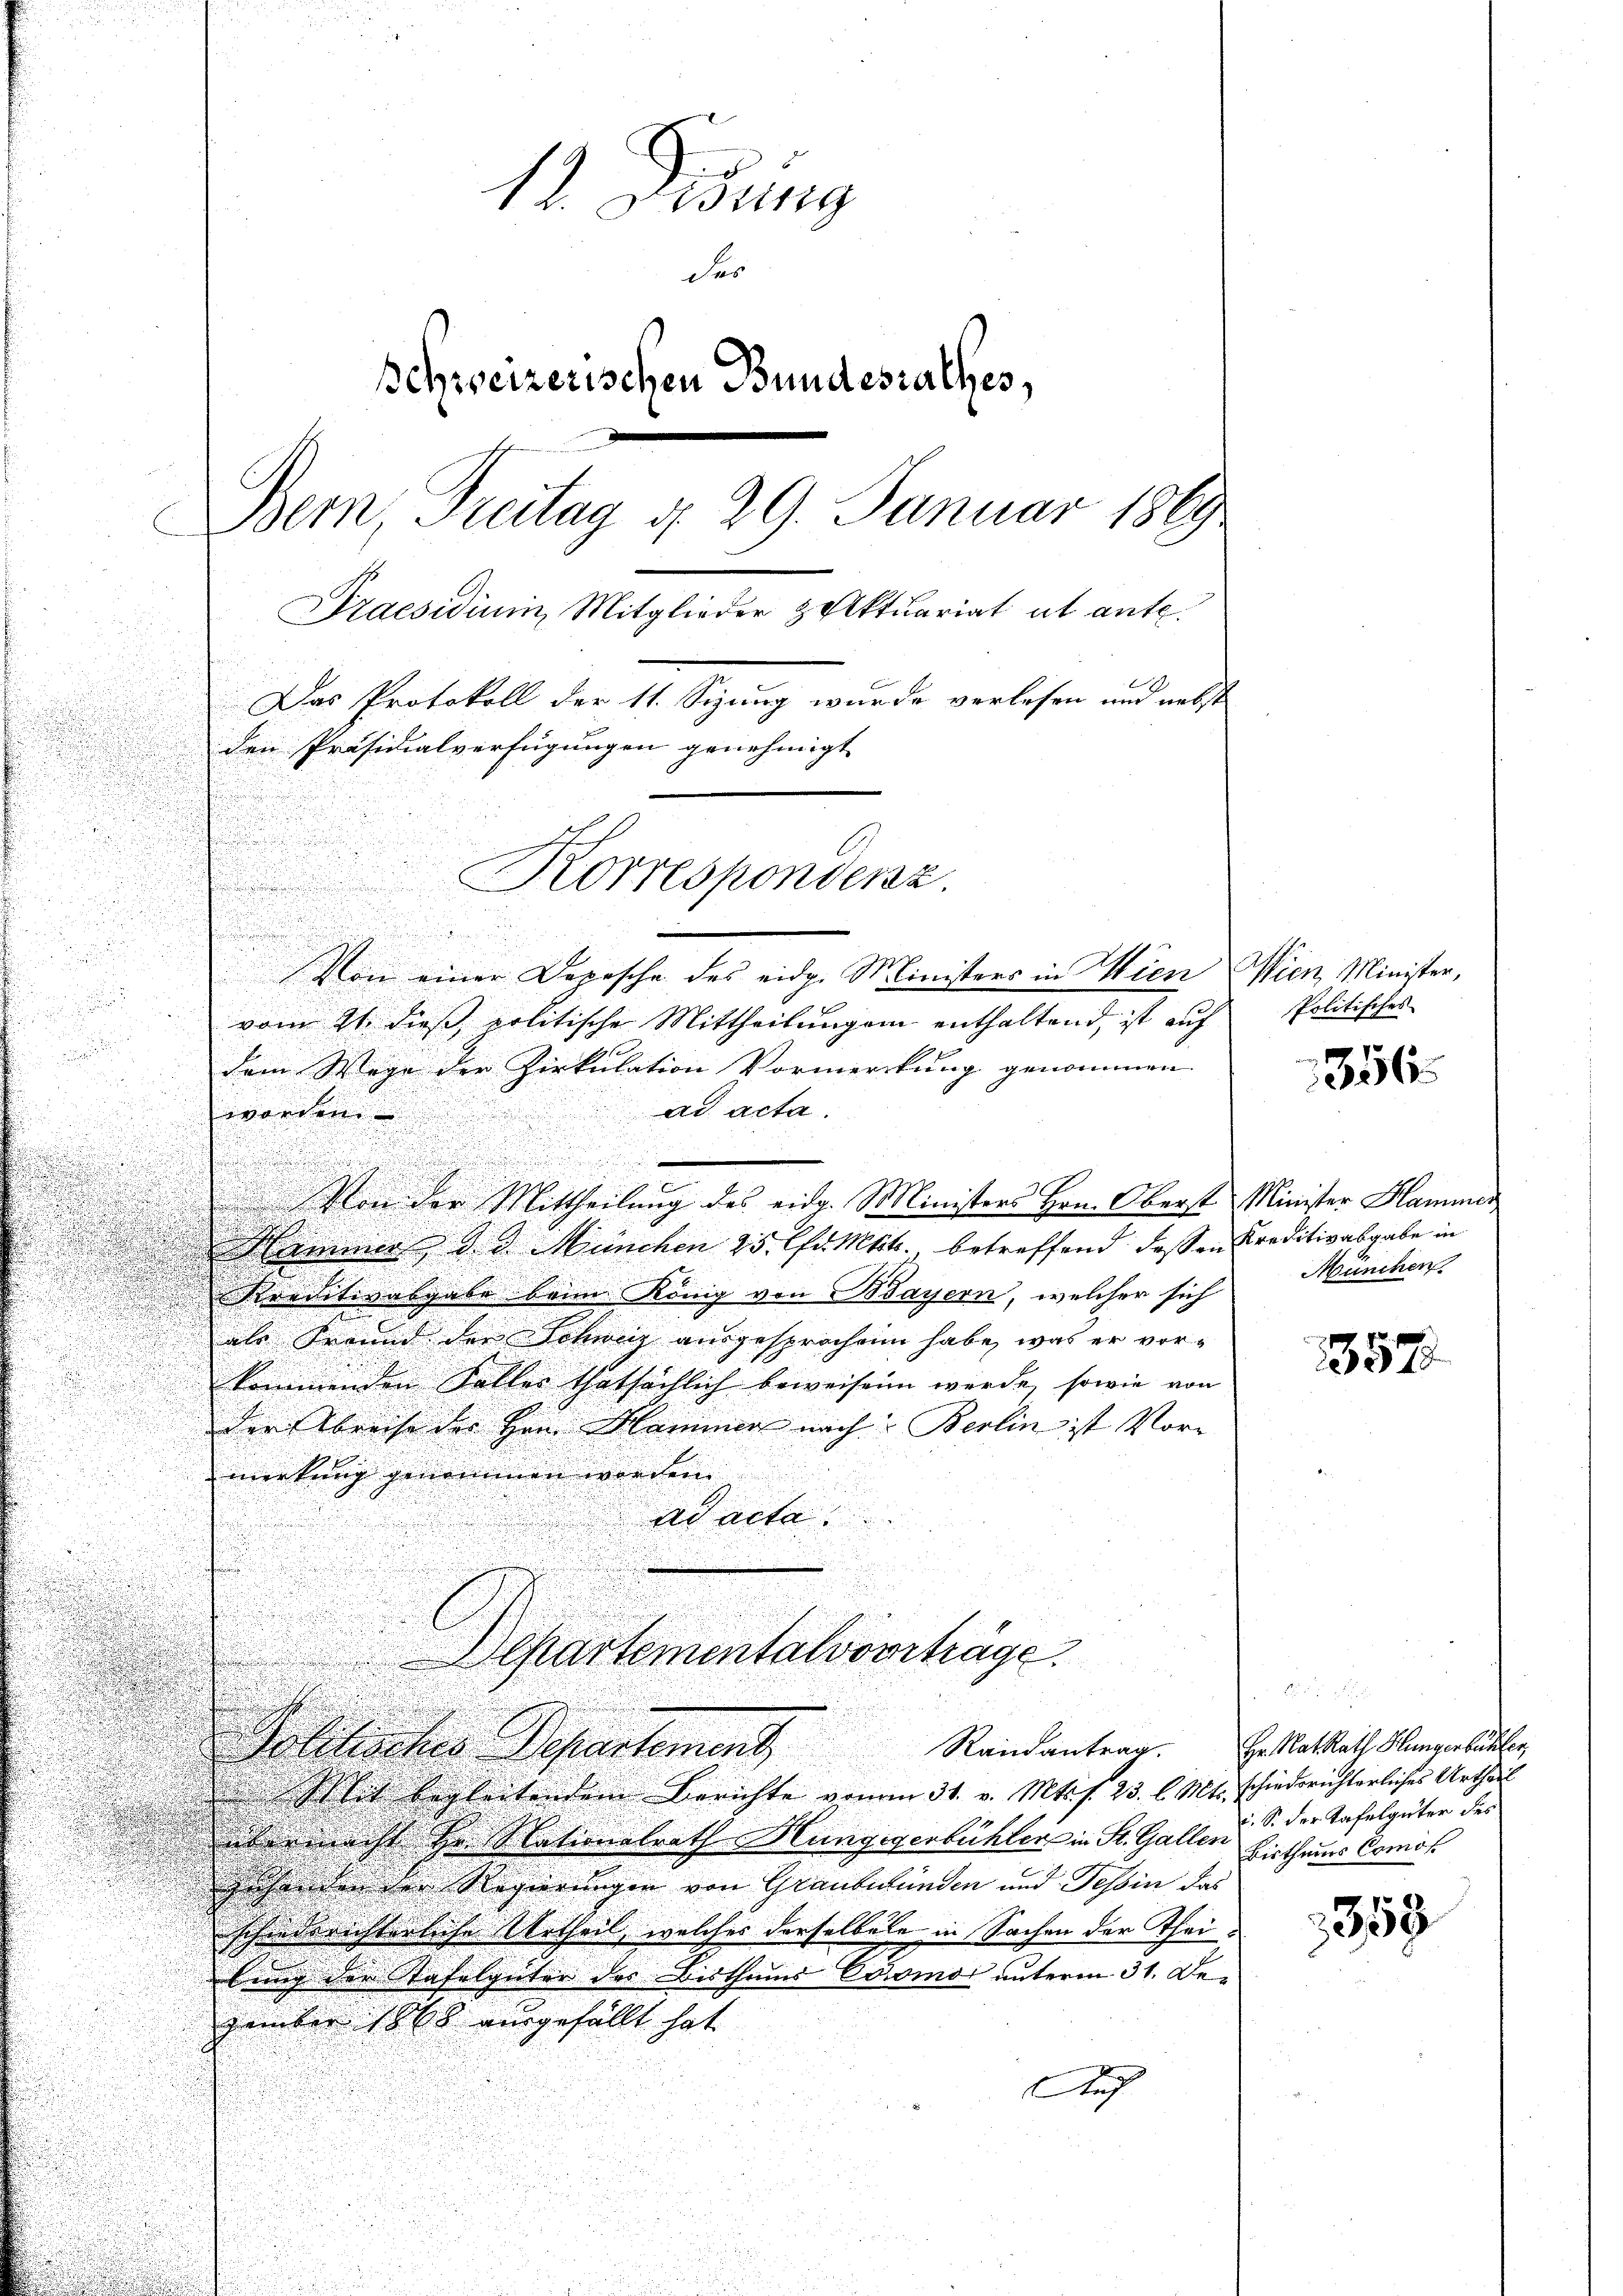
d
n

Von einer Depesche des eidg. Ministers in Wien Wien Minister,

b
u
vom 21 dieß politische Mittheilungen enthaltend, ist auf
d

dem Wege der Zirkulation Vormerckung genommen.

 ad acta.
worden

Von der Mittheilung des eidg. Ministers Hrn. Oberst Minister Hammer
Hammer d. d. München 25. Chr. Mtit. betreffend dessen Kreditivabgabe in
Kreditivabgabe beim König von Bayern, welcher sich
als Segend der Schweiz ausgesprochen habe, was er vorkommenden Faller thatsächlich beweisen werde, sowie von
der Abreise der Hrn. Mammen nach Berlin ist Vormerkung genommen werden |
d
ad acta
e
Departementalvorträge
u
Randantrag.
Golitisches Departement
lit begleitendem Berichte von am 31. v. Mts. f. 23. l. Mts. schiederichterliches Urtheil
über nicht Hr. Nationalrath Hungegenbühler in St. Gallen Bisthaus Comis
gehen den der Regierungen von Graubünden und Tessin das
schiederichterliche Urtheil, welches derselbeln in Sachen der Theibung der Tafelgüter des Bisthums Orinos unterm 31. De-
zember 1868 ausgefällt hat.
Auch

12. Denung
der
schweizerischen Bundesrathes,
Bemn Freitag d. 29. Januar 1869
Praesidium Mitglieder Aktuariat ab ante.
Das Protokoll der 11. Sizung wurde verlesen und nebst
den Präsidialverfügungen genehmigt
Korrespondenz.

Politisches

356.

München

1357

Hr. Rat Rath Hungerbunter
c. S. der Tafelgüter des

353